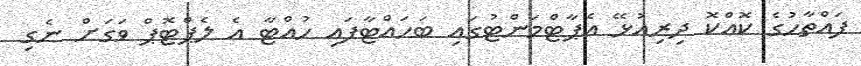
ފައްތާހުގެ ކޮއްކޮ ދިރިއުޅޭ އެޕާޓްމަންޓުގައި ބަހައްޓާފައި ހުއްޓާ އެ ލެޕްޓޮޕް ވަގަށް ނެގި